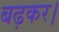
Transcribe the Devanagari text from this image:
बढ़कर।